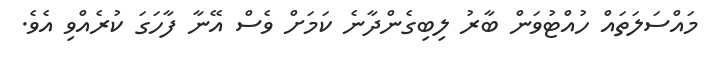
މައްސަލަތައް ހުއްޓުވަން ބާރު ލިބިގެންދާނެ ކަމަށް ވެސް އޭނާ ފާހަގަ ކުރެއްވި އެވެ.